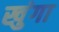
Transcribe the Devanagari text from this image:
खुंगा